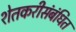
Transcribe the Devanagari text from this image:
शेतकरीसंबंधित